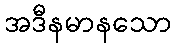
အဒီနမာနသော